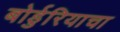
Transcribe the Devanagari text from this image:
बोर्डुरियाचा